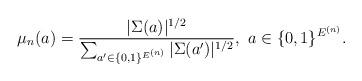
LaTeX: \begin{align*}\mu_{n}(a)=\frac{|\Sigma(a)|^{1/2}}{\sum_{a'\in\{0,1\}^{E^{(n)}}}|\Sigma(a')|^{1/2}},\ a\in\{0,1\}^{E^{(n)}}.\end{align*}